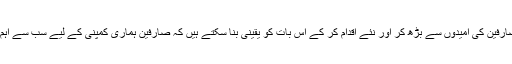
ہم صارفین کی امیدوں سے بڑھ کر اور نئے اقدام کر کے اس بات کو یقینی بنا سکتے ہیں کہ صارفین ہماری کمپنی کے لیے سب سے اہم ہیں۔